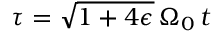
\tau = \sqrt { 1 + 4 \epsilon } \, \Omega _ { 0 } \, t